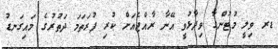
ޑރ ވިލީ މުޓުންގާ ވިދާޅުވީ އޭނާ ރާއްޖެއަށް ކުރި ފުރަތަމަ ދަތުރުގެ މައިގަނޑު